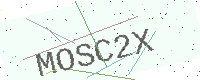
Text: MOSC2X